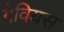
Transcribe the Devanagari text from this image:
गेवियस